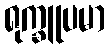
ရုက္ခူပမာ